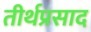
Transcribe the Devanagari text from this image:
तीर्थप्रसाद